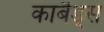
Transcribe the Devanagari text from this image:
कार्बैड्स